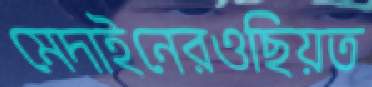
মেদাইনেরওছিয়ত